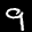
Label: 9